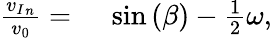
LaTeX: \begin{array}{rl}{\frac{{v_{I}}_{n}}{v_{0}}={}}&{{}\sin{(\beta)}-\frac{1}{2}\omega,}\end{array}